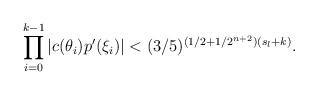
LaTeX: \begin{align*}\prod \limits^{k-1}_{i = 0} |c(\theta_i)p'(\xi_i)| < (3/5)^{(1/2 + 1/2^{n+2})(s_l + k)} .\end{align*}